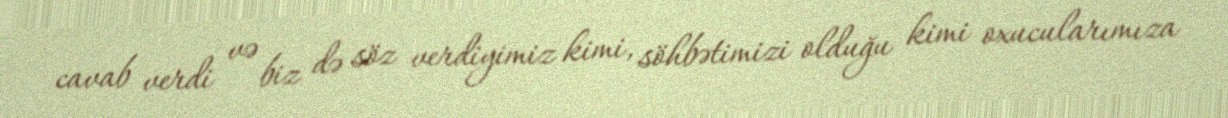
cavab verdi və biz də söz verdiyimiz kimi, söhbətimizi olduğu kimi oxucularımıza